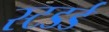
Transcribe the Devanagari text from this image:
स्टडर्ड